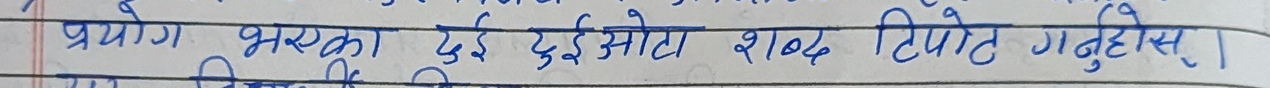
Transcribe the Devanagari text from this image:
प्रयोग भएका दुई सोझा शब्द टिप्नुहोस्।